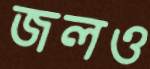
জলও